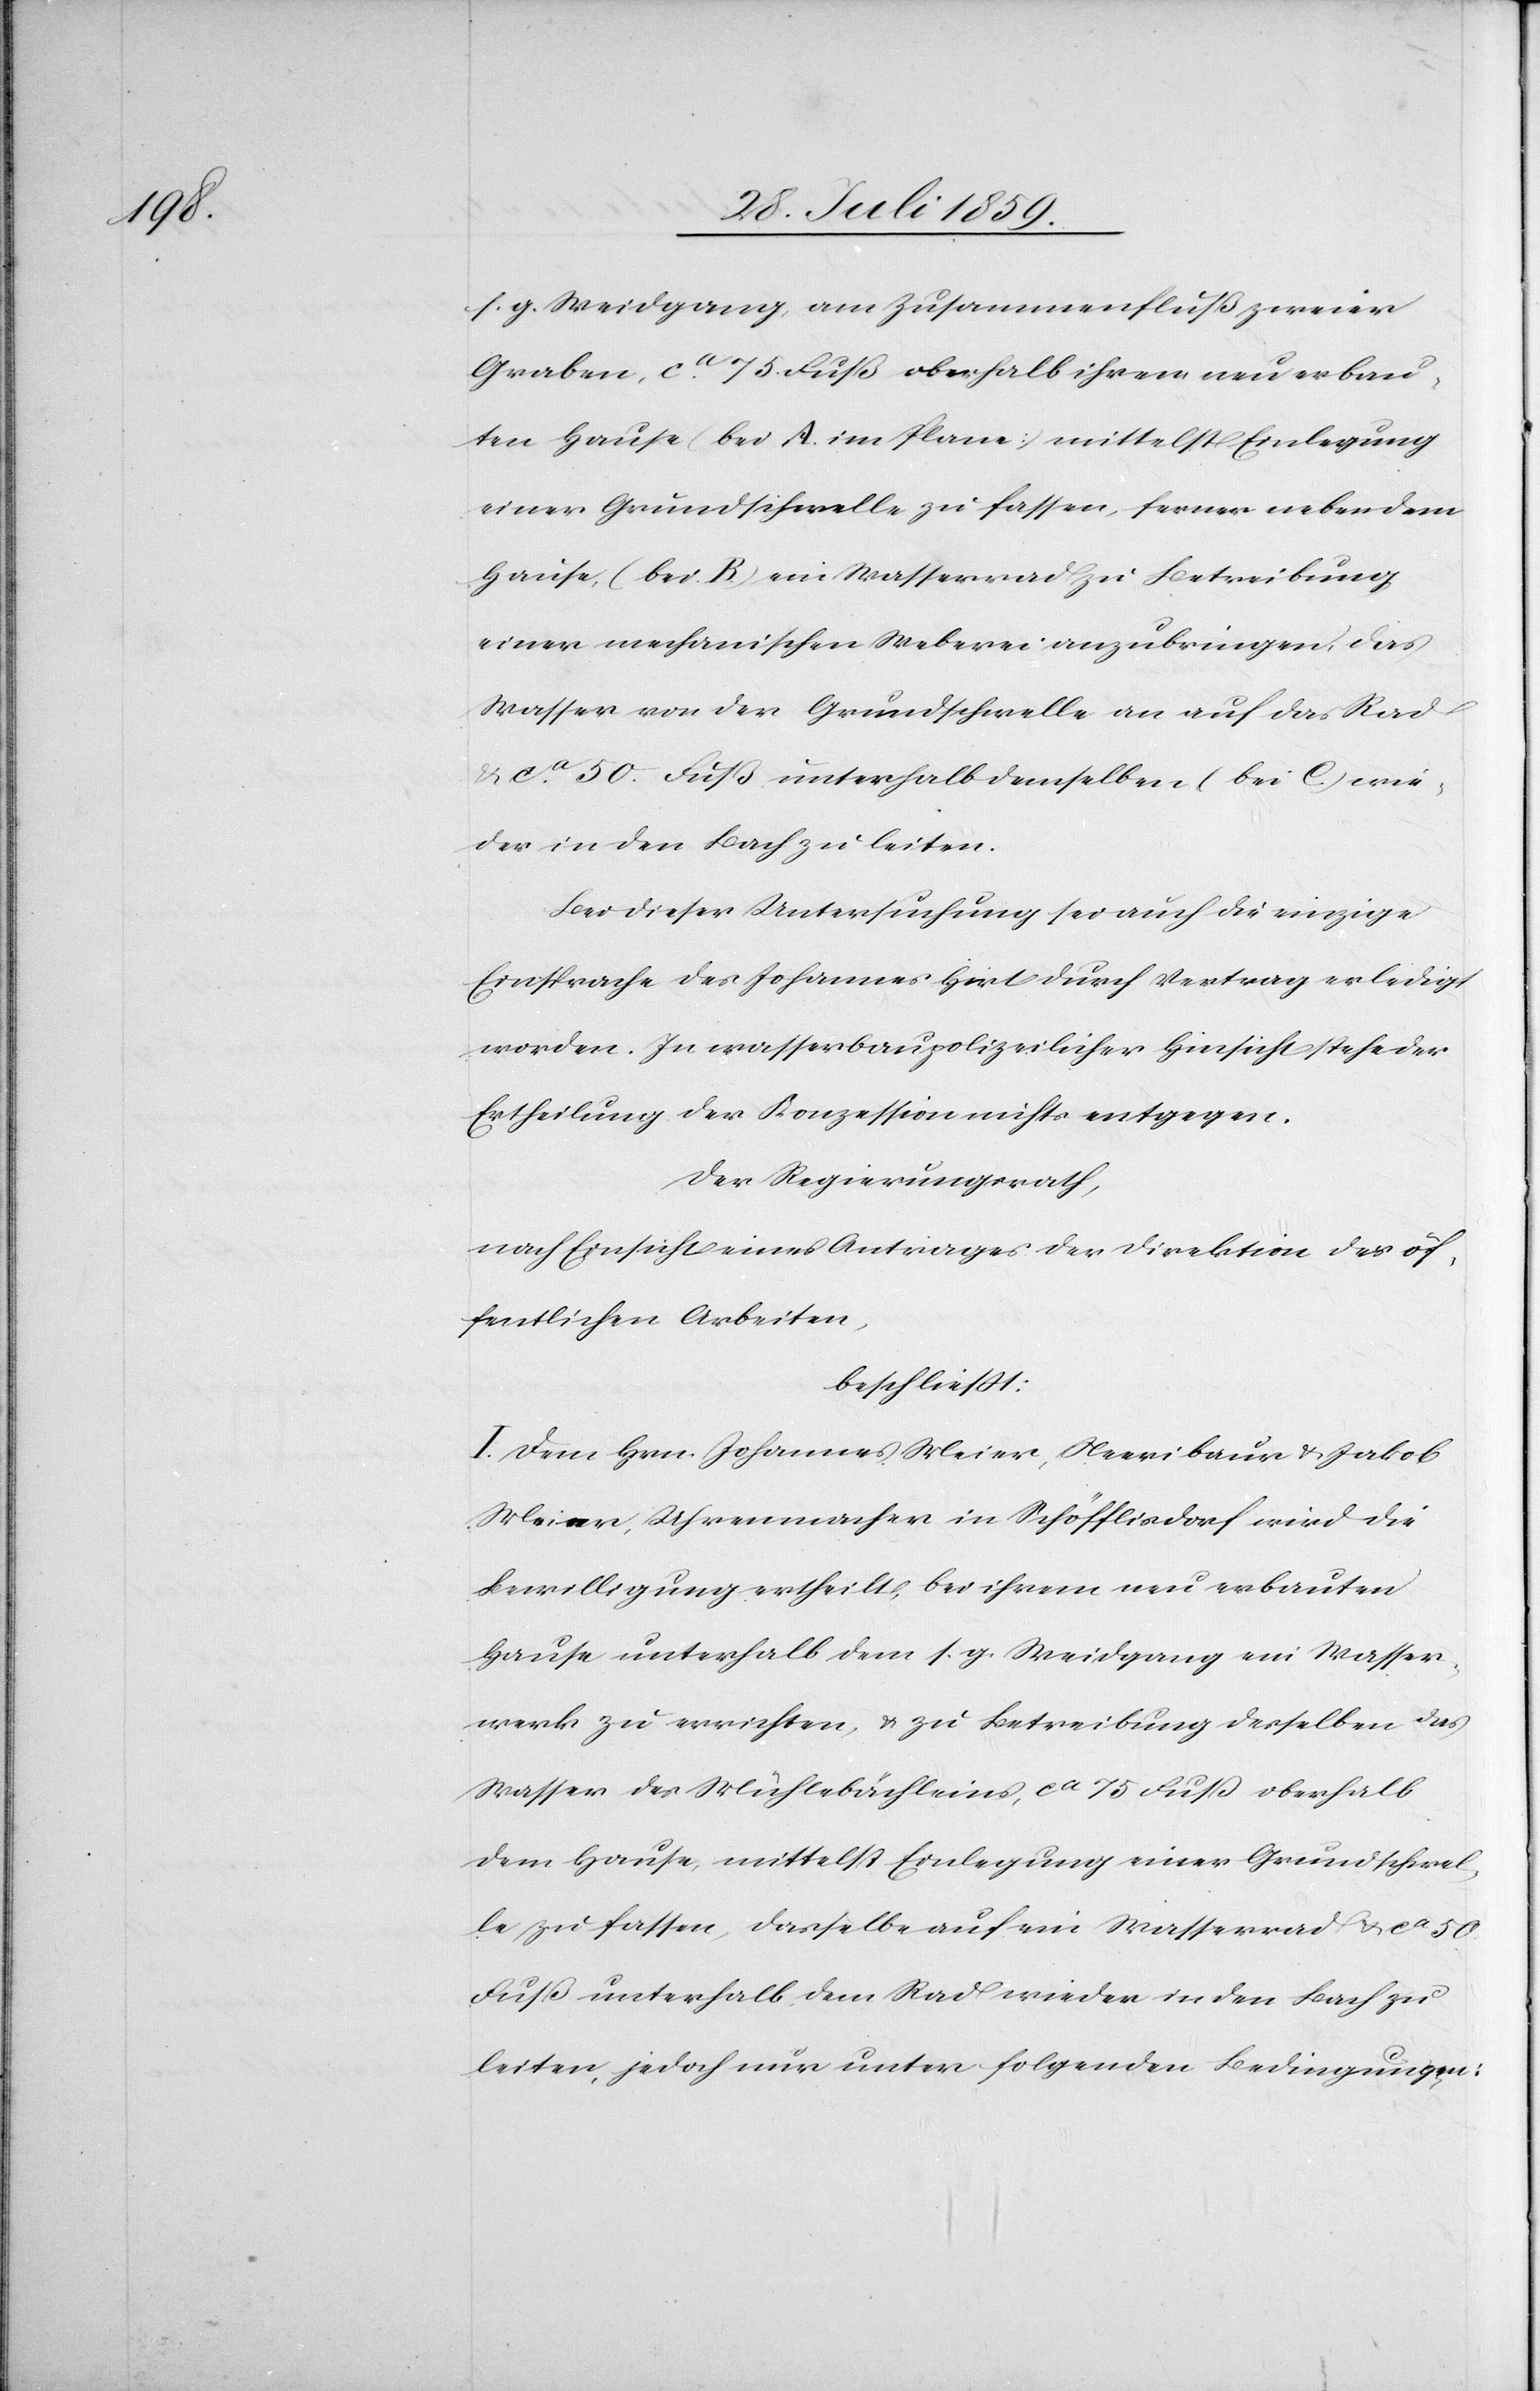
s. g. Weidgang, am Zusammenfluß zweier
Graben, ca. 75. Fuß oberhalb ihrem neuerbau¬
ten Hause (bei A. im Plane) mittelst Einlegung
einer Grundschwelle zu fassen, ferner neben dem
Hause (bei B.) ein Wasserrad zu Betreibung
einer mechanischen Weberei anzubringen, das
Wasser von der Grundschwelle an auf das Rad
u. ca. 50. Fuß unterhalb demselben (bei C) wie¬
der in den Bach zu leiten.
Bei dieser Untersuchung sei auch die einzige
Einsprache des Johannes Hirt durch Vertrag erledigt
worden. In wasserbaupolizeilicher Hinsicht stehe der
Ertheilung der Konzession nichts entgegen.
Der Regierungsrath,
nach Einsicht eines Antrages der Direktion der öf¬
fentlichen Arbeiten,
beschließt:
I. Dem Hrn. Johannes Meier, Neeribaur [sic!] u. Jakob
Meier, Uhrenmacher in Schöfflisdorf wird die
Bewilligung ertheilt, bei ihrem neu erbauten
Hause unterhalb dem s. g. Weidgang ein Wasser¬
werk zu errichten, u. zu Betreibung derselben das
Wasser des Mühlebächleins, ca. 50. Fuß unterhalb
leiten, jedoch nur unter folgenden Bedingungen: